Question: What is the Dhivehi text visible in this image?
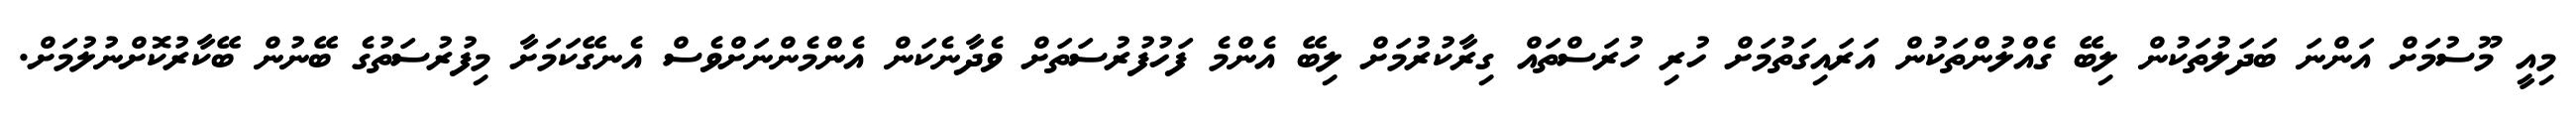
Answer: މިއީ މޫސުމަށް އަންނަ ބަދަލުތަކުން ލިބޭ ގެއްލުންތަކުން އަރައިގަތުމަށް ހުރި ހުރަސްތައް ގިރާކުރުމަށް ލިބޭ އެންމެ ފަހުފުރުސަތަށް ވެދާނެކަން އެންމެންނަށްވެސް އެނގޭކަމަށާ މިފުރުސަތުގެ ބޭނުން ބޭކާރުކޮށްނުލުމަށް.